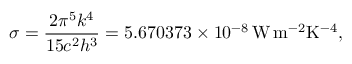
\sigma = { \frac { 2 \pi ^ { 5 } k ^ { 4 } } { 1 5 c ^ { 2 } h ^ { 3 } } } = 5 . 6 7 0 3 7 3 \times 1 0 ^ { - 8 } \, \mathrm { W \, m ^ { - 2 } K ^ { - 4 } } ,